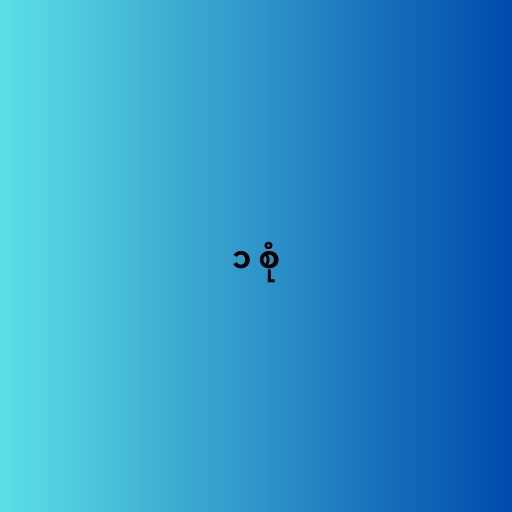
၁ စုံ